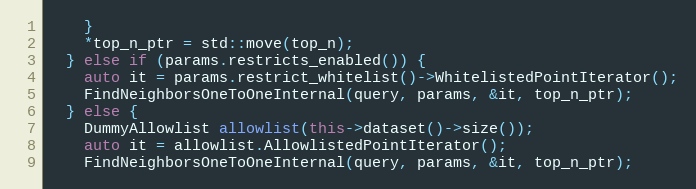
Language: C++
    }
    *top_n_ptr = std::move(top_n);
  } else if (params.restricts_enabled()) {
    auto it = params.restrict_whitelist()->WhitelistedPointIterator();
    FindNeighborsOneToOneInternal(query, params, &it, top_n_ptr);
  } else {
    DummyAllowlist allowlist(this->dataset()->size());
    auto it = allowlist.AllowlistedPointIterator();
    FindNeighborsOneToOneInternal(query, params, &it, top_n_ptr);